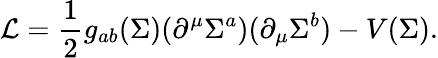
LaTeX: {\mathcal{L}}={\frac{1}{2}}g_{ab}(\Sigma)(\partial^{\mu}\Sigma^{a})(\partial_{\mu}\Sigma^{b})-V(\Sigma).